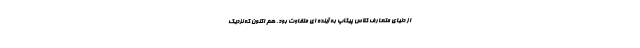
از دنیای متعارف کلاس پیکاپ به آینده ای متفاوت بود. هم اکنون که نزدیک